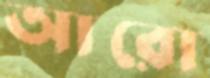
আরো